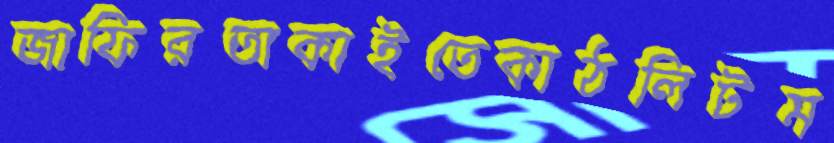
জাফিরতাকাইতেকাঠলিটম